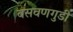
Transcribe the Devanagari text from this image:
बसवणगुडी